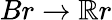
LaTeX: Br\rightarrow\mathbb{R}r